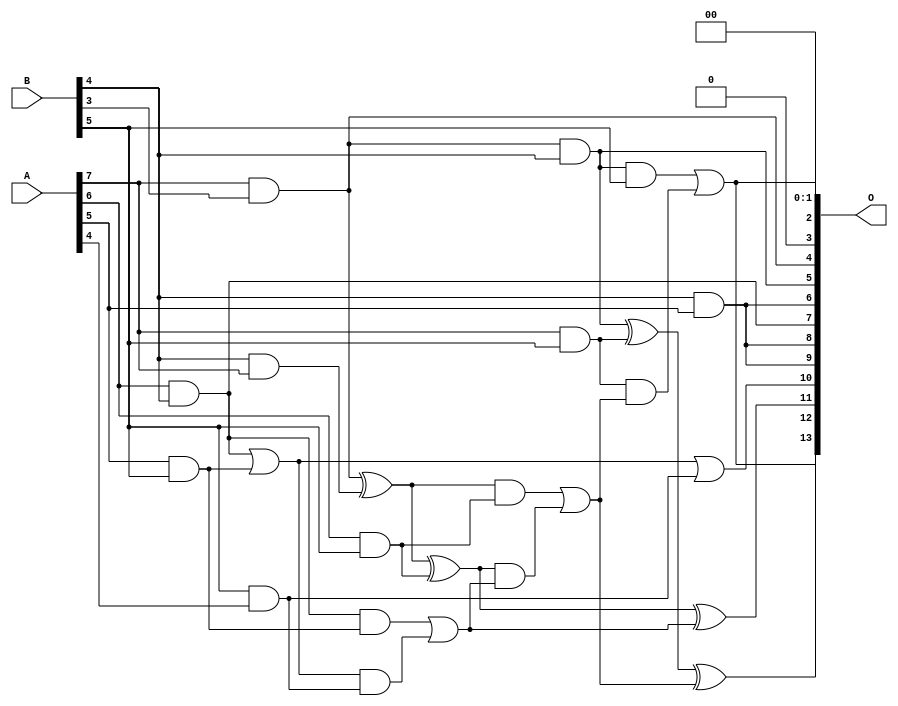
/***
* This code is a part of EvoApproxLib library (ehw.fit.vutbr.cz/approxlib) distributed under The MIT License.
* When used, please cite the following article(s): V. Mrazek, L. Sekanina, Z. Vasicek "Libraries of Approximate Circuits: Automated Design and Application in CNN Accelerators" IEEE Journal on Emerging and Selected Topics in Circuits and Systems, Vol 10, No 4, 2020 
* This file contains a circuit from a sub-set of pareto optimal circuits with respect to the pwr and mre parameters
***/
// MAE% = 3.56 %
// MAE = 584 
// WCE% = 13.99 %
// WCE = 2292 
// WCRE% = 101.56 %
// EP% = 97.90 %
// MRE% = 36.16 %
// MSE = 532474 
// PDK45_PWR = 0.016 mW
// PDK45_AREA = 64.8 um2
// PDK45_DELAY = 0.39 ns

module mul8x6u_23K (
    A,
    B,
    O
);

input [7:0] A;
input [5:0] B;
output [13:0] O;

wire sig_105,sig_114,sig_134,sig_160,sig_165,sig_194,sig_195,sig_204,sig_205,sig_206,sig_225,sig_227,sig_229,sig_230,sig_231,sig_232,sig_233,sig_234,sig_235,sig_236;
wire sig_237,sig_238,sig_239,sig_240,sig_241,sig_242,sig_243;

assign sig_105 = B[4] & A[7];
assign sig_114 = A[7] & B[3];
assign sig_134 = ~sig_105;
assign sig_160 = A[6] & B[4];
assign sig_165 = ~sig_134;
assign sig_194 = sig_114 ^ sig_165;
assign sig_195 = sig_114 & B[4];
assign sig_204 = A[5] & B[5];
assign sig_205 = A[6] & B[5];
assign sig_206 = A[7] & B[5];
assign sig_225 = B[5] & A[4];
assign sig_227 = B[4] & A[5];
assign sig_229 = sig_160 | sig_204;
assign sig_230 = sig_160 & sig_204;
assign sig_231 = sig_229 & sig_225;
assign sig_232 = sig_229 | sig_225;
assign sig_233 = sig_230 | sig_231;
assign sig_234 = sig_194 ^ sig_205;
assign sig_235 = sig_194 & sig_205;
assign sig_236 = sig_234 & sig_233;
assign sig_237 = sig_234 ^ sig_233;
assign sig_238 = sig_235 | sig_236;
assign sig_239 = sig_195 ^ sig_206;
assign sig_240 = sig_195 & B[5];
assign sig_241 = sig_206 & sig_238;
assign sig_242 = sig_239 ^ sig_238;
assign sig_243 = sig_240 | sig_241;

assign O[13] = sig_243;
assign O[12] = sig_242;
assign O[11] = sig_237;
assign O[10] = sig_232;
assign O[9] = sig_227;
assign O[8] = sig_227;
assign O[7] = sig_160;
assign O[6] = sig_227;
assign O[5] = sig_195;
assign O[4] = sig_114;
assign O[3] = 1'b0;
assign O[2] = sig_243;
assign O[1] = 1'b0;
assign O[0] = 1'b0;

endmodule